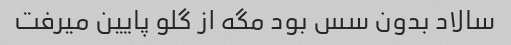
سالاد بدون سس بود مگه از گلو پایین میرفت